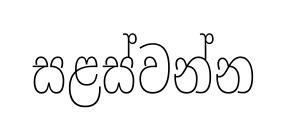
සළස්වන්න